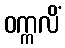
ဝက္ကလိံ